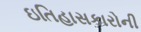
ઇતિહાસકારોની